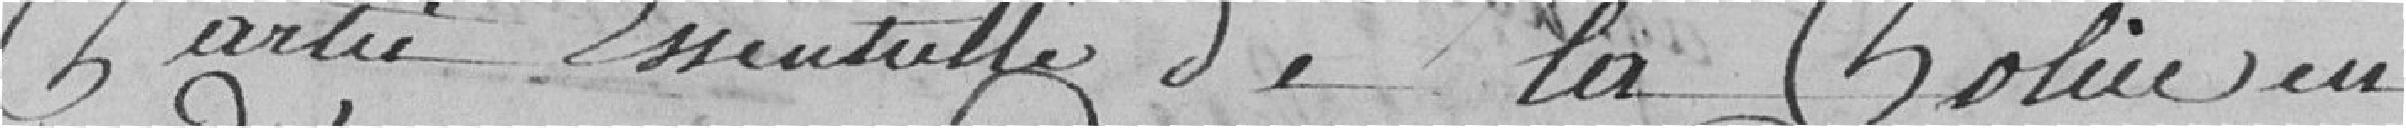
partie essentielle de la police en